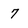
Character: 7